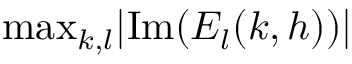
\mathrm { m a x } _ { k , l } | \mathrm { I m } ( E _ { l } ( k , h ) ) |